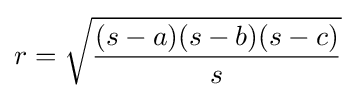
r={\sqrt {\frac {(s-a)(s-b)(s-c)}{s}}}